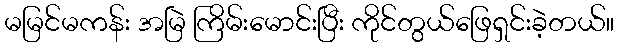
မမြင်မကန်း အမြဲ ကြိမ်းမောင်းပြီး ကိုင်တွယ်ဖြေရှင်းခဲ့တယ်။